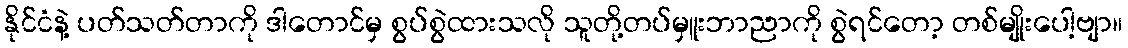
နိုင်ငံနဲ့ ပတ်သတ်တာကို ဒါတောင်မှ စွပ်စွဲထားသလို သူတို့တပ်မှူးဘာညာကို စွဲရင်တော့ တစ်မျိုးပေါ့ဗျာ။